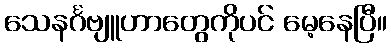
သေနင်္ဂဗျူဟာတွေကိုပင် မေ့နေပြီ။